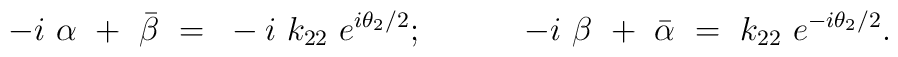
-i ~\alpha ~+~ \bar{\beta} ~=~ -i ~k_{22} ~e^{i \theta _2 /2}; \hspace{.5in}-i ~\beta ~+~ \bar{\alpha} ~=~ k_{22} ~e^{-i \theta _2 /2}.